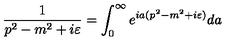
\frac { 1 } { p ^ { 2 } - m ^ { 2 } + i \varepsilon } = \int _ { 0 } ^ { \infty } e ^ { i a ( p ^ { 2 } - m ^ { 2 } + i \varepsilon ) } d a